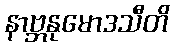
နာဗ္ဘနုမောဒသီတိ